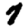
Digit: 7